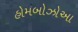
હોમબોઝોઆ